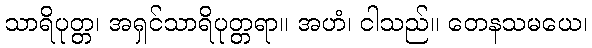
သာရိပုတ္တ၊ အရှင်သာရိပုတ္တရာ။ အဟံ၊ ငါသည်။ တေနသမယေ၊